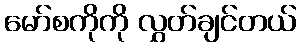
မော်စကိုကို လွှတ်ချင်တယ်